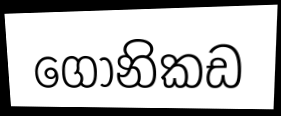
ගෝනිකඩ